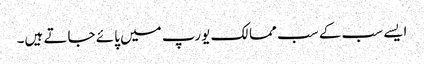
ایسے سب کے سب ممالک یورپ میں پائے جاتے ہیں۔